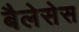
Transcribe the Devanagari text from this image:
बैलेसेस